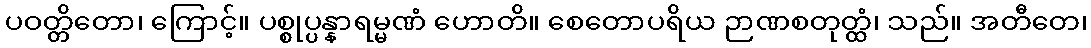
ပဝတ္တိတော၊ ကြောင့်။ ပစ္စုပ္ပန္နာရမ္မဏံ ဟောတိ။ စေတောပရိယ ဉာဏစတုတ္ထံ၊ သည်။ အတီတေ၊